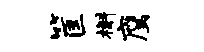
筐槲鹰